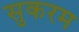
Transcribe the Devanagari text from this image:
सुकरम